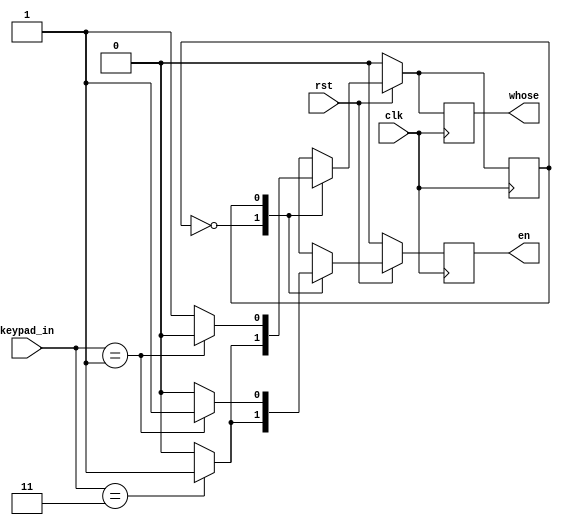
module turn (
        input clk, rst,
        input [4-1:0] keypad_in,
        output reg en, whose
    );
    parameter turn1 = 1'b0;
    parameter turn2 = 1'b1;

    reg finite_state;

    always @(posedge clk) begin
        if (!rst) begin
            finite_state <= turn1;
            en <= 1'b0;
            whose <= 1'b0;
        end
        else begin
            case(finite_state)
            turn1: begin
                if (keypad_in == 4'b0011) begin
                    finite_state <= turn2;
                    en <= 1'b1;
                    whose <= 1'b1;
                end
                else begin
                    finite_state <= turn1;
                    en <= 1'b0;
                    whose <= 1'b0;
                end
            end
            turn2: begin
                if (keypad_in == 4'b0001) begin
                    finite_state <= turn1;
                    en <= 1'b1;
                    whose <= 1'b0;
                end
                else begin
                    finite_state <= turn2;
                    en <= 1'b0;
                    whose <= 1'b1;
                end
            end
            default: finite_state <= turn1;
            endcase
        end
    end
endmodule


module counter (
        input clk, rst,
        input en, finish,
        output reg [8-1:0] count
    );

    always @(posedge clk) begin
        if (!rst) begin
            count <= 8'b0;
        end
        else begin
            //count <= count + {7'b0, en};
            if (finish) begin
                count <= 8'b0;
            end
            else begin 
                count <= count + {7'b0, en};
            end
        end
    end

endmodule



module rand_gen (
    input clk, rst,
    input en,
    output wire [5-1:0] rnd
);

reg [5-1:0] rand_q, nxt_rand_q;
reg en_update;
assign rnd = rand_q;

always @(posedge clk) begin
    if(!rst) rand_q <= 5'b11100;
    else begin
        if (en_update) begin
            rand_q <= nxt_rand_q;
        end
        else begin
            rand_q <= rand_q;
        end
    end
    if (en) en_update <= 1'b1;
    else en_update <= 1'b0;
end

always @(*) begin
    nxt_rand_q = rand_q << 1;
    nxt_rand_q[0] = rand_q[2] ^ rand_q[4];
end

endmodule

module pseudo_random (
    input clk, rst,
    input en,
    output reg [5-1:0] rnd
);

    reg [8-1:0] cnt;

    always @(posedge clk) begin
    if(!rst) begin
        rnd <= 5'b0;
        cnt <= 8'b0;
    end
    else begin
        cnt <= cnt + (en);
        case(cnt)
        8'b00000000 : rnd <= 5'b00110;
        8'b00000001 : rnd <= 5'b00001;
        8'b00000010 : rnd <= 5'b01001;
        8'b00000011 : rnd <= 5'b00111;
        8'b00000100 : rnd <= 5'b10110;
        8'b00000101 : rnd <= 5'b11100;
        8'b00000110 : rnd <= 5'b01110;
        8'b00000111 : rnd <= 5'b11011;
        8'b00001000 : rnd <= 5'b00001;
        8'b00001001 : rnd <= 5'b10001;
        8'b00001010 : rnd <= 5'b00111;
        8'b00001011 : rnd <= 5'b01110;
        8'b00001100 : rnd <= 5'b00111;
        8'b00001101 : rnd <= 5'b00001;
        8'b00001110 : rnd <= 5'b00001;
        8'b00001111 : rnd <= 5'b10001;
        8'b00010000 : rnd <= 5'b11001;
        8'b00010001 : rnd <= 5'b11101;
        8'b00010010 : rnd <= 5'b01000;
        8'b00010011 : rnd <= 5'b00101;
        8'b00010100 : rnd <= 5'b10110;
        8'b00010101 : rnd <= 5'b00011;
        8'b00010110 : rnd <= 5'b01000;
        8'b00010111 : rnd <= 5'b11111;
        8'b00011000 : rnd <= 5'b11001;
        8'b00011001 : rnd <= 5'b11011;
        8'b00011010 : rnd <= 5'b00010;
        8'b00011011 : rnd <= 5'b10001;
        8'b00011100 : rnd <= 5'b01110;
        8'b00011101 : rnd <= 5'b00000;
        8'b00011110 : rnd <= 5'b11110;
        8'b00011111 : rnd <= 5'b10001;
        8'b00100000 : rnd <= 5'b00011;
        8'b00100001 : rnd <= 5'b11011;
        8'b00100010 : rnd <= 5'b00011;
        8'b00100011 : rnd <= 5'b01000;
        8'b00100100 : rnd <= 5'b10011;
        8'b00100101 : rnd <= 5'b10011;
        8'b00100110 : rnd <= 5'b11011;
        8'b00100111 : rnd <= 5'b11010;
        8'b00101000 : rnd <= 5'b00011;
        8'b00101001 : rnd <= 5'b11011;
        8'b00101010 : rnd <= 5'b00001;
        8'b00101011 : rnd <= 5'b10100;
        8'b00101100 : rnd <= 5'b00010;
        8'b00101101 : rnd <= 5'b10010;
        8'b00101110 : rnd <= 5'b01010;
        8'b00101111 : rnd <= 5'b10110;
        8'b00110000 : rnd <= 5'b11000;
        8'b00110001 : rnd <= 5'b10101;
        8'b00110010 : rnd <= 5'b10100;
        8'b00110011 : rnd <= 5'b00001;
        8'b00110100 : rnd <= 5'b11010;
        8'b00110101 : rnd <= 5'b01010;
        8'b00110110 : rnd <= 5'b10100;
        8'b00110111 : rnd <= 5'b11101;
        8'b00111000 : rnd <= 5'b01111;
        8'b00111001 : rnd <= 5'b01000;
        8'b00111010 : rnd <= 5'b01010;
        8'b00111011 : rnd <= 5'b11101;
        8'b00111100 : rnd <= 5'b10101;
        8'b00111101 : rnd <= 5'b10100;
        8'b00111110 : rnd <= 5'b11111;
        8'b00111111 : rnd <= 5'b11101;
        8'b01000000 : rnd <= 5'b11001;
        8'b01000001 : rnd <= 5'b11000;
        8'b01000010 : rnd <= 5'b10001;
        8'b01000011 : rnd <= 5'b01100;
        8'b01000100 : rnd <= 5'b11001;
        8'b01000101 : rnd <= 5'b00000;
        8'b01000110 : rnd <= 5'b01010;
        8'b01000111 : rnd <= 5'b01001;
        8'b01001000 : rnd <= 5'b01111;
        8'b01001001 : rnd <= 5'b00010;
        8'b01001010 : rnd <= 5'b10011;
        8'b01001011 : rnd <= 5'b00101;
        8'b01001100 : rnd <= 5'b00100;
        8'b01001101 : rnd <= 5'b11111;
        8'b01001110 : rnd <= 5'b00000;
        8'b01001111 : rnd <= 5'b11010;
        8'b01010000 : rnd <= 5'b10100;
        8'b01010001 : rnd <= 5'b10101;
        8'b01010010 : rnd <= 5'b00100;
        8'b01010011 : rnd <= 5'b10101;
        8'b01010100 : rnd <= 5'b11110;
        8'b01010101 : rnd <= 5'b01010;
        8'b01010110 : rnd <= 5'b10110;
        8'b01010111 : rnd <= 5'b00110;
        8'b01011000 : rnd <= 5'b11010;
        8'b01011001 : rnd <= 5'b10001;
        8'b01011010 : rnd <= 5'b11011;
        8'b01011011 : rnd <= 5'b10011;
        8'b01011100 : rnd <= 5'b10111;
        8'b01011101 : rnd <= 5'b00010;
        8'b01011110 : rnd <= 5'b01101;
        8'b01011111 : rnd <= 5'b10101;
        8'b01100000 : rnd <= 5'b00101;
        8'b01100001 : rnd <= 5'b01011;
        8'b01100010 : rnd <= 5'b10010;
        8'b01100011 : rnd <= 5'b11001;
        8'b01100100 : rnd <= 5'b11110;
        8'b01100101 : rnd <= 5'b01000;
        8'b01100110 : rnd <= 5'b00010;
        8'b01100111 : rnd <= 5'b11110;
        8'b01101000 : rnd <= 5'b10110;
        8'b01101001 : rnd <= 5'b10111;
        8'b01101010 : rnd <= 5'b11111;
        8'b01101011 : rnd <= 5'b01101;
        8'b01101100 : rnd <= 5'b11000;
        8'b01101101 : rnd <= 5'b10100;
        8'b01101110 : rnd <= 5'b11100;
        8'b01101111 : rnd <= 5'b00110;
        8'b01110000 : rnd <= 5'b01011;
        8'b01110001 : rnd <= 5'b00100;
        8'b01110010 : rnd <= 5'b10000;
        8'b01110011 : rnd <= 5'b11010;
        8'b01110100 : rnd <= 5'b10001;
        8'b01110101 : rnd <= 5'b00011;
        8'b01110110 : rnd <= 5'b01010;
        8'b01110111 : rnd <= 5'b01010;
        8'b01111000 : rnd <= 5'b01110;
        8'b01111001 : rnd <= 5'b00000;
        8'b01111010 : rnd <= 5'b01010;
        8'b01111011 : rnd <= 5'b11001;
        8'b01111100 : rnd <= 5'b00110;
        8'b01111101 : rnd <= 5'b10111;
        8'b01111110 : rnd <= 5'b11010;
        8'b01111111 : rnd <= 5'b01110;
        8'b10000000 : rnd <= 5'b10011;
        8'b10000001 : rnd <= 5'b10011;
        8'b10000010 : rnd <= 5'b01000;
        8'b10000011 : rnd <= 5'b11100;
        8'b10000100 : rnd <= 5'b10001;
        8'b10000101 : rnd <= 5'b10011;
        8'b10000110 : rnd <= 5'b01010;
        8'b10000111 : rnd <= 5'b01110;
        8'b10001000 : rnd <= 5'b01010;
        8'b10001001 : rnd <= 5'b00001;
        8'b10001010 : rnd <= 5'b11110;
        8'b10001011 : rnd <= 5'b01110;
        8'b10001100 : rnd <= 5'b00111;
        8'b10001101 : rnd <= 5'b11111;
        8'b10001110 : rnd <= 5'b10100;
        8'b10001111 : rnd <= 5'b01110;
        8'b10010000 : rnd <= 5'b00001;
        8'b10010001 : rnd <= 5'b11111;
        8'b10010010 : rnd <= 5'b01111;
        8'b10010011 : rnd <= 5'b01100;
        8'b10010100 : rnd <= 5'b10111;
        8'b10010101 : rnd <= 5'b11000;
        8'b10010110 : rnd <= 5'b10110;
        8'b10010111 : rnd <= 5'b01110;
        8'b10011000 : rnd <= 5'b10101;
        8'b10011001 : rnd <= 5'b11100;
        8'b10011010 : rnd <= 5'b11111;
        8'b10011011 : rnd <= 5'b11110;
        8'b10011100 : rnd <= 5'b01011;
        8'b10011101 : rnd <= 5'b11110;
        8'b10011110 : rnd <= 5'b10101;
        8'b10011111 : rnd <= 5'b11100;
        8'b10100000 : rnd <= 5'b11101;
        8'b10100001 : rnd <= 5'b00001;
        8'b10100010 : rnd <= 5'b00010;
        8'b10100011 : rnd <= 5'b11100;
        8'b10100100 : rnd <= 5'b01110;
        8'b10100101 : rnd <= 5'b11001;
        8'b10100110 : rnd <= 5'b10110;
        8'b10100111 : rnd <= 5'b11001;
        8'b10101000 : rnd <= 5'b01111;
        8'b10101001 : rnd <= 5'b00101;
        8'b10101010 : rnd <= 5'b00001;
        8'b10101011 : rnd <= 5'b01001;
        8'b10101100 : rnd <= 5'b11010;
        8'b10101101 : rnd <= 5'b01010;
        8'b10101110 : rnd <= 5'b10000;
        8'b10101111 : rnd <= 5'b01000;
        8'b10110000 : rnd <= 5'b10011;
        8'b10110001 : rnd <= 5'b10010;
        8'b10110010 : rnd <= 5'b01100;
        8'b10110011 : rnd <= 5'b01110;
        8'b10110100 : rnd <= 5'b11110;
        8'b10110101 : rnd <= 5'b00011;
        8'b10110110 : rnd <= 5'b01111;
        8'b10110111 : rnd <= 5'b01000;
        8'b10111000 : rnd <= 5'b11101;
        8'b10111001 : rnd <= 5'b01010;
        8'b10111010 : rnd <= 5'b00000;
        8'b10111011 : rnd <= 5'b10011;
        8'b10111100 : rnd <= 5'b01110;
        8'b10111101 : rnd <= 5'b01010;
        8'b10111110 : rnd <= 5'b00100;
        8'b10111111 : rnd <= 5'b00110;
        8'b11000000 : rnd <= 5'b10001;
        8'b11000001 : rnd <= 5'b10101;
        8'b11000010 : rnd <= 5'b10111;
        8'b11000011 : rnd <= 5'b00110;
        8'b11000100 : rnd <= 5'b11110;
        8'b11000101 : rnd <= 5'b01111;
        8'b11000110 : rnd <= 5'b01011;
        8'b11000111 : rnd <= 5'b00110;
        8'b11001000 : rnd <= 5'b10111;
        8'b11001001 : rnd <= 5'b00110;
        8'b11001010 : rnd <= 5'b00101;
        8'b11001011 : rnd <= 5'b00110;
        8'b11001100 : rnd <= 5'b10011;
        8'b11001101 : rnd <= 5'b00010;
        8'b11001110 : rnd <= 5'b11111;
        8'b11001111 : rnd <= 5'b01101;
        8'b11010000 : rnd <= 5'b00001;
        8'b11010001 : rnd <= 5'b11100;
        8'b11010010 : rnd <= 5'b00010;
        8'b11010011 : rnd <= 5'b10001;
        8'b11010100 : rnd <= 5'b11111;
        8'b11010101 : rnd <= 5'b10010;
        8'b11010110 : rnd <= 5'b01001;
        8'b11010111 : rnd <= 5'b00111;
        8'b11011000 : rnd <= 5'b10001;
        8'b11011001 : rnd <= 5'b11000;
        8'b11011010 : rnd <= 5'b01110;
        8'b11011011 : rnd <= 5'b10011;
        8'b11011100 : rnd <= 5'b11001;
        8'b11011101 : rnd <= 5'b11001;
        8'b11011110 : rnd <= 5'b11010;
        8'b11011111 : rnd <= 5'b10100;
        8'b11100000 : rnd <= 5'b01110;
        8'b11100001 : rnd <= 5'b11000;
        8'b11100010 : rnd <= 5'b11100;
        8'b11100011 : rnd <= 5'b00010;
        8'b11100100 : rnd <= 5'b10000;
        8'b11100101 : rnd <= 5'b10111;
        8'b11100110 : rnd <= 5'b01011;
        8'b11100111 : rnd <= 5'b00101;
        8'b11101000 : rnd <= 5'b01011;
        8'b11101001 : rnd <= 5'b11010;
        8'b11101010 : rnd <= 5'b01100;
        8'b11101011 : rnd <= 5'b11000;
        8'b11101100 : rnd <= 5'b11010;
        8'b11101101 : rnd <= 5'b10110;
        8'b11101110 : rnd <= 5'b01110;
        8'b11101111 : rnd <= 5'b01001;
        8'b11110000 : rnd <= 5'b00010;
        8'b11110001 : rnd <= 5'b10100;
        8'b11110010 : rnd <= 5'b10100;
        8'b11110011 : rnd <= 5'b00001;
        8'b11110100 : rnd <= 5'b00010;
        8'b11110101 : rnd <= 5'b00011;
        8'b11110110 : rnd <= 5'b01111;
        8'b11110111 : rnd <= 5'b00110;
        8'b11111000 : rnd <= 5'b10000;
        8'b11111001 : rnd <= 5'b10100;
        8'b11111010 : rnd <= 5'b00101;
        8'b11111011 : rnd <= 5'b00011;
        8'b11111100 : rnd <= 5'b10101;
        8'b11111101 : rnd <= 5'b10101;
        8'b11111110 : rnd <= 5'b10111;
        8'b11111111 : rnd <= 5'b00011;
        endcase
    end
end

endmodule

module card_value (
        input clk, rst,
        input [5-1:0] rnd,
        output reg [2-1:0] color,
        output reg [3-1:0] number
    );

    always @(posedge clk) begin
        if (!rst) begin
            color <= 2'b0;
            number <= 3'b0;
        end
        else begin
            case (rnd[5-1:3])
            2'b00: color <= 2'b01;
            2'b01: color <= 2'b10;
            2'b10: color <= 2'b11;
            2'b11: color <= 2'b01;
            endcase
            case (rnd[3-1:0])
            3'b000: number <= 3'b001;
            3'b001: number <= 3'b010;
            3'b010: number <= 3'b011;
            3'b011: number <= 3'b100;
            3'b100: number <= 3'b101;

            3'b101: number <= 3'b001;
            3'b110: number <= 3'b010;
            3'b111: number <= 3'b011;
            endcase
        end
    end
endmodule //


module demux (
        input clk, rst,
        input whose,
        input [5-1:0] rnd,
        output reg [5-1:0] card_value1, card_value2
    );
        
    always @(*) 
    begin
        if (!rst) begin
            card_value1 = 5'b0;
            card_value2 = 5'b0;
        end
        else begin
            if (whose) begin
                card_value1 = rnd;
            end
            else begin
                card_value2 = rnd;
            end
        end    
    end
endmodule //